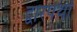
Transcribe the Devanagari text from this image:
द्वारपथों